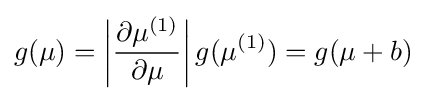
g(\mu )=\left|{\partial \mu ^{(1)} \over \partial \mu }\right|g(\mu ^{(1)})=g(\mu +b)